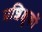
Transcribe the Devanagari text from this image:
प्रशिक्षुकों